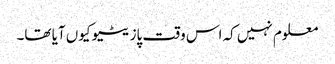
معلوم نہیں کہ اس وقت پازیٹیو کیوں آیا تھا۔